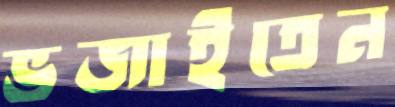
ভজাইতেন